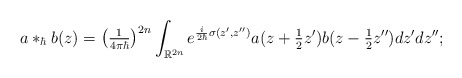
\begin{align*}a\ast_{\hbar}b(z)=\left( \tfrac{1}{4\pi\hbar}\right) ^{2n}\int_{\mathbb{R}^{2n}}e^{\frac{i}{2\hbar}\sigma(z^{\prime},z^{\prime\prime})}a(z+\tfrac{1}{2}z^{\prime})b(z-\tfrac{1}{2}z^{\prime\prime})dz^{\prime}dz^{\prime\prime}; \end{align*}